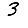
Digit: 3